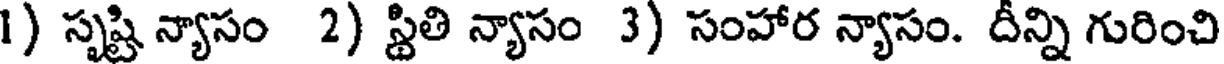
1) సృష్టి న్యాసం 2) స్థితి న్యాసం 3) సంహార న్యాసం. దీన్ని గురించి